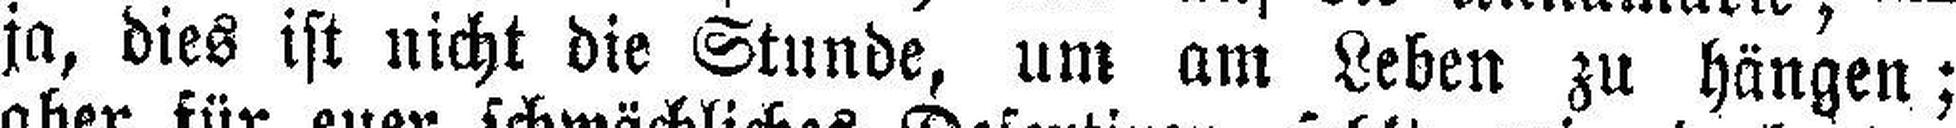
ja, dies ist nicht die Stunde, um am Leben zu hängen;